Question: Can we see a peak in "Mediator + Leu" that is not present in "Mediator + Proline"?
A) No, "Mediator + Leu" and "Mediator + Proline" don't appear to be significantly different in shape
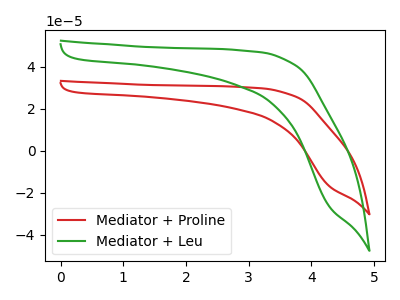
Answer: <think>The red curve "Mediator + Proline" has no peaks. The green curve "Mediator + Leu" has no peaks.
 Neither "Mediator + Leu" or "Mediator + Proline" have any peaks.</think>
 <answer>A) No, "Mediator + Leu" and "Mediator + Proline" don't appear to be significantly different in shape</answer>
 <eval>A</eval>